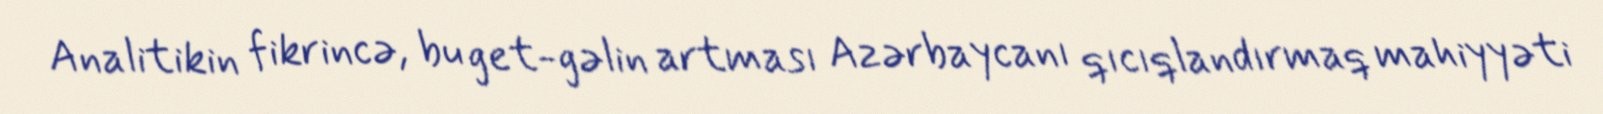
Analitikin fikrincə, bu get-gəlin artması Azərbaycanı qıcıqlandırmaq mahiyyəti